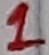
Text: 1